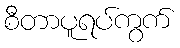
စီတာပူရပ်ကွက်